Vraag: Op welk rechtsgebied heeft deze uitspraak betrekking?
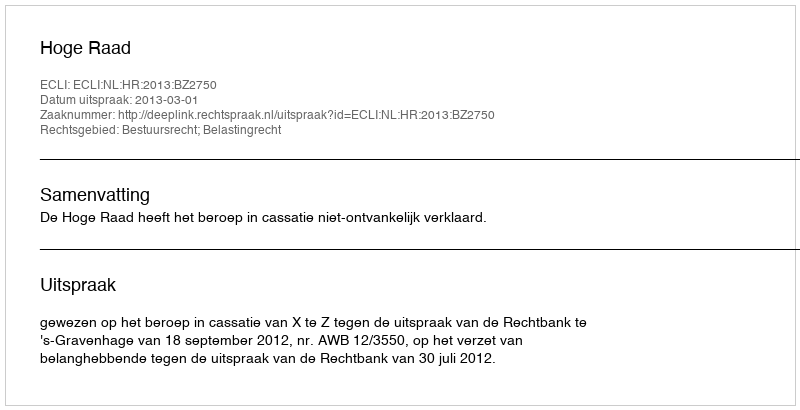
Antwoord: Bestuursrecht; Belastingrecht